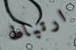
ارتباط